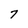
Character: 7